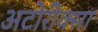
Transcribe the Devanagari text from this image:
अटोरीक्सा